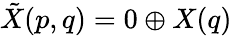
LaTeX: {\tilde{X}}(p,q)=0\oplus X(q)